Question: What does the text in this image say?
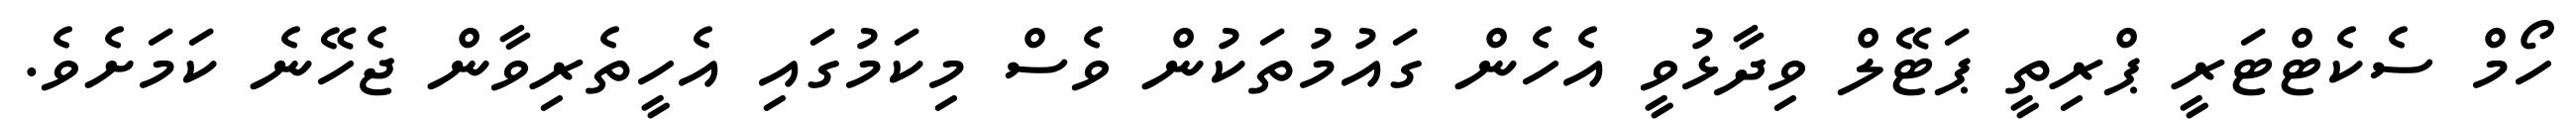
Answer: ހޯމް ސެކެޓްޓަރީ ޕްރިތީ ޕަޓޭލް ވިދާޅުވީ އެހެން ގައުމުތަކުން ވެސް މިކަމުގައި އެހީތެރިވާން ޖެހޭނެ ކަމަށެވެ.